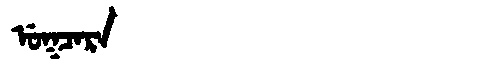
Manchu: ᡠᡴᠴᠠᡵᠠ
Romanization: UKCARA